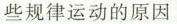
些规律运动的原因